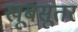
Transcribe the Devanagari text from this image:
खूबसूतर